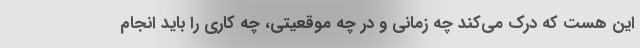
این هست که درک می‌کند چه زمانی و در چه موقعیتی، چه کاری را باید انجام